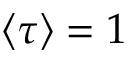
\langle \tau \rangle = 1